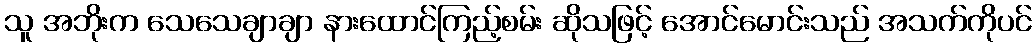
သူ အဘိုးက သေသေချာချာ နားထောင်ကြည့်စမ်း ဆိုသဖြင့် အောင်မောင်းသည် အသက်ကိုပင်